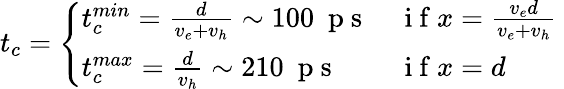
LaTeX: t_{c}=\left\{ \begin{array}{ll}{t_{c}^{min}=\frac{d}{v_{e}+v_{h}}\sim 100~\mathrm{~p~s~}}&{\mathrm{~i~f~}x=\frac{v_{e}d}{v_{e}+v_{h}}}\\ {t_{c}^{max}=\frac{d}{v_{h}}\sim 210~\mathrm{~p~s~}}&{\mathrm{~i~f~}x=d}\end{array}\right.~